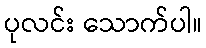
ပုလင်း သောက်ပါ။